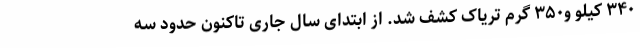
۳۴۰ کیلو و۳۵۰ گرم تریاک کشف شد. از ابتدای سال جاری تاکنون حدود سه